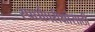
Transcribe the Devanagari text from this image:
स्पर्धापरीक्षांसाठी